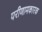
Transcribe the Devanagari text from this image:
परीणामकारक